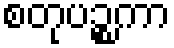
စတုပဉ္စကာ